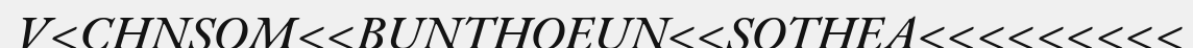
V<CHNSOM<<BUNTHOEUN<<SOTHEA<<<<<<<<<